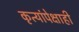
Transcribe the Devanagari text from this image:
कृत्यांपेक्षाही